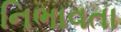
નિભાવતા